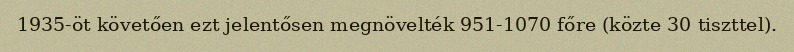
1935-öt követően ezt jelentősen megnövelték 951-1070 főre (közte 30 tiszttel).